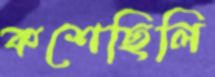
কশেছিলি